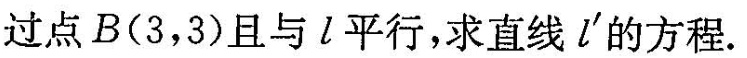
过点B(3，3)且与l平行，求直线l'的方程。